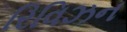
રિવિઝન